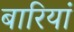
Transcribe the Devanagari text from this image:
बारियां